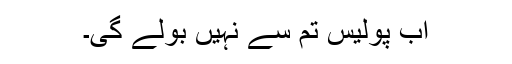
اب پولیس تم سے نہیں بولے گی۔